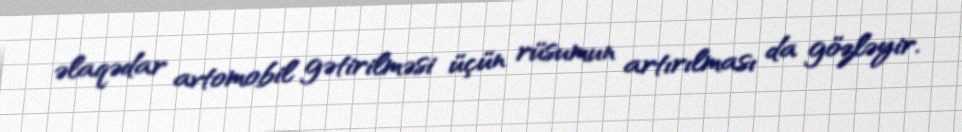
əlaqədar avtomobil gətirilməsi üçün rüsumun artırılması da gözləyir.